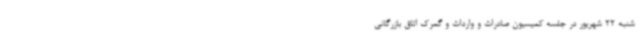
شنبه 22 شهریور در جلسه کمیسیون صادرات و واردات و گمرک اتاق بازرگانی